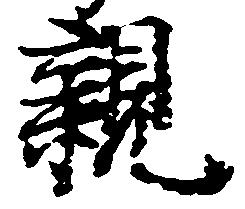
親